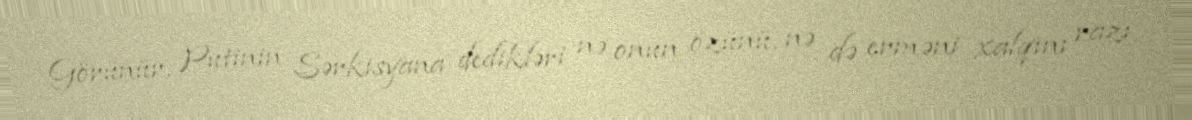
Görünür, Putinin Sərkisyana dedikləri nə onun özünü, nə də erməni xalqını razı